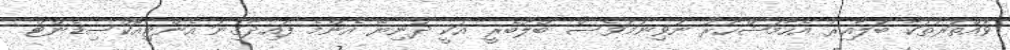
ވައްތަރުތަކާ ބަލާއިރު އެހާމަޝްހޫރު ނުވިނަމަވެސް ބްލޫބެރީ އަކީ ދުނިޔޭ އެންމެ ފައިދާގިނަ އެންޓިއޮކްސިޑެންޓް